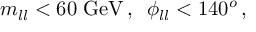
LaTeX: m _ { l l } < 6 0 \; \mathrm { G e V } \, , \; \; \phi _ { l l } < 1 4 0 ^ { o } \, ,